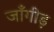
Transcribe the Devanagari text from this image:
जाँगीड़